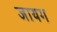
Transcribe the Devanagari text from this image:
जायग